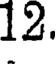
12.